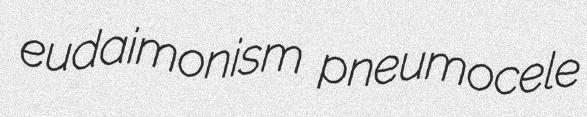
eudaimonism pneumocele